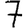
Digit: 7